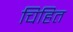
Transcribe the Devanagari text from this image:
चिहित